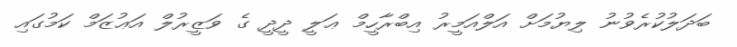
ބަދަލުކުރެވުނު ލިޔުމަށް އަލްއަމީރު އިބްރާހީމް ޢަލީ ދީދީ ގެ ވަޒީރުލް އަޢުޒަމް ކަމުގައި